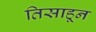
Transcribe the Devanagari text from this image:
तिसाहून